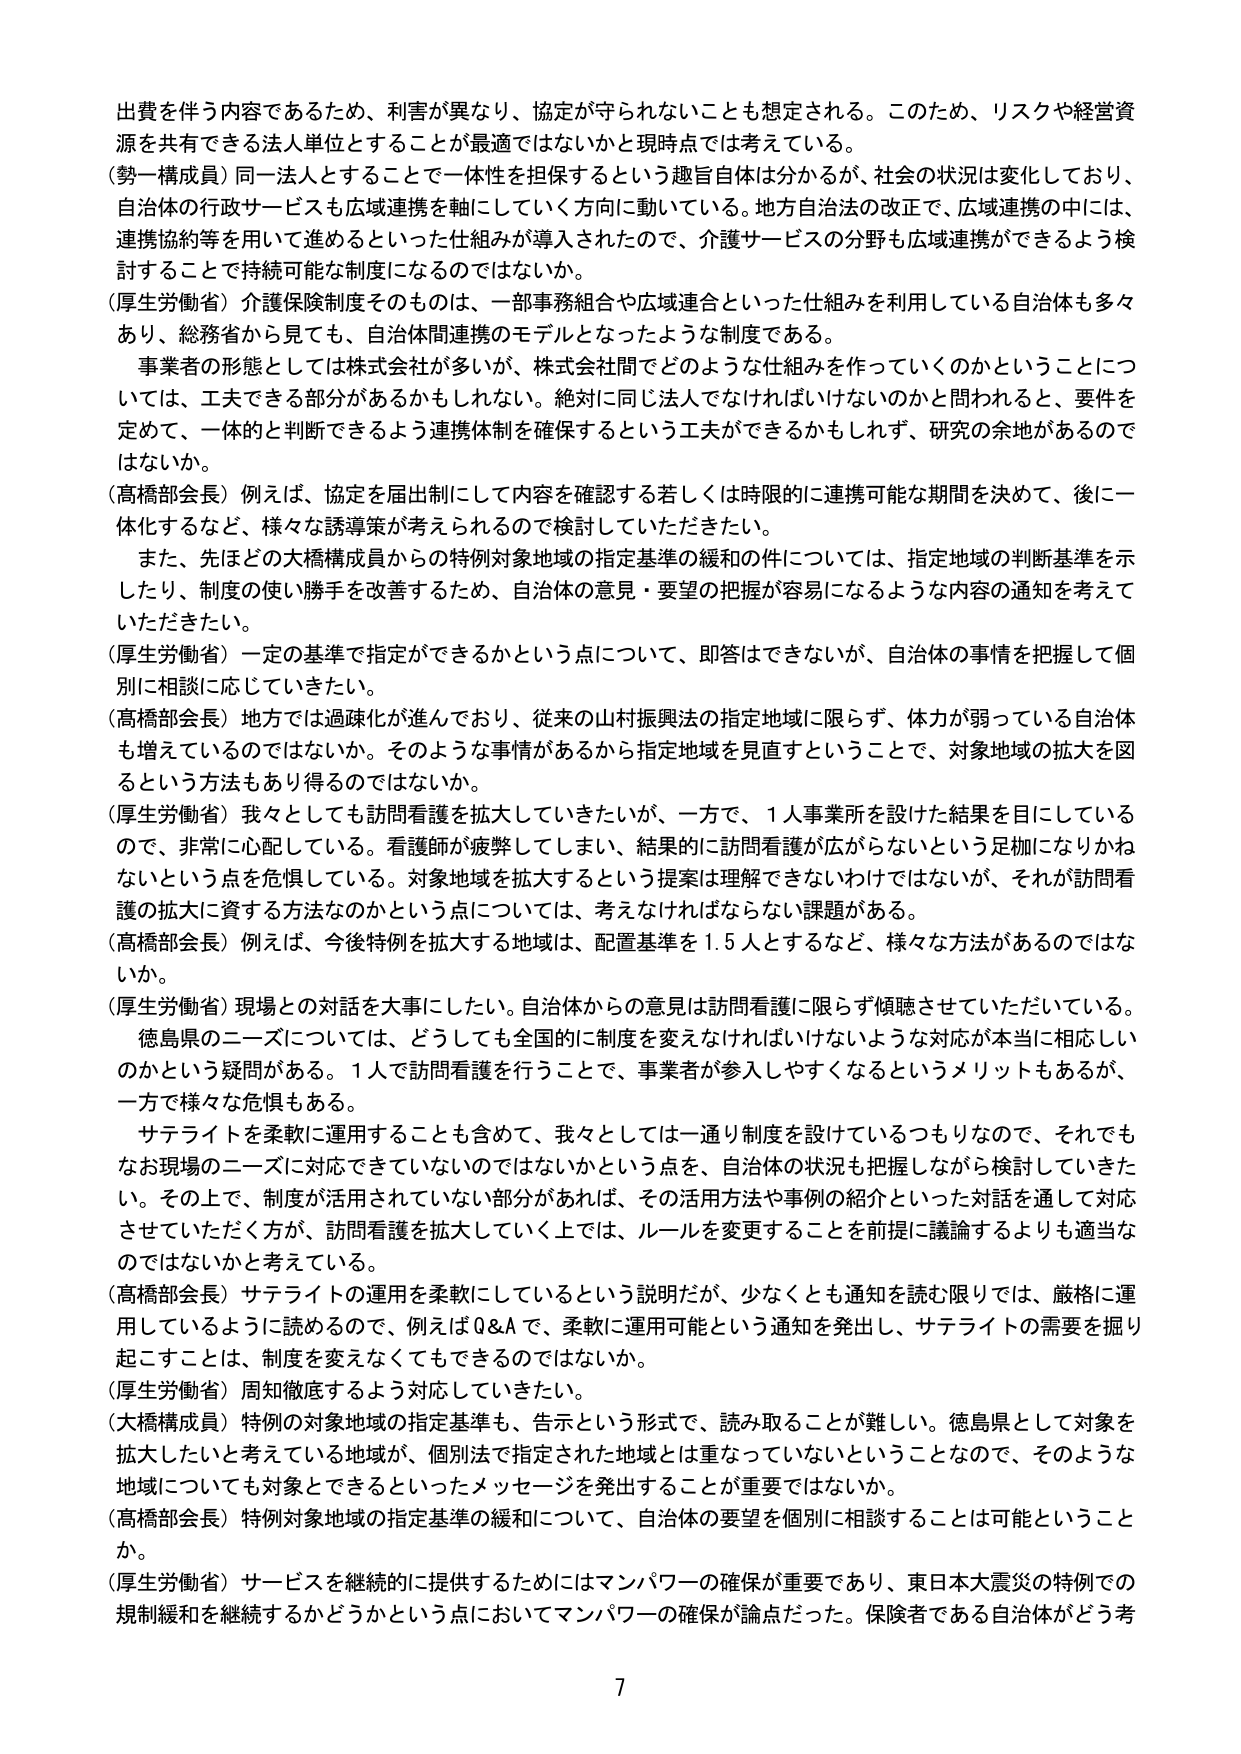
出費を伴う内容であるため、利害が異なり、協定が守られないことも想定される。このため、リスクや経営資源を共有できる法人単位とすることが最適ではないかと現時点では考えている。

（勢一構成員）同一法人とすることで一体性を担保するという趣旨自体は分かるが、社会の状況は変化しており、自治体の行政サービスも広域連携を軸にしていく方向に動いている。地方自治法の改正で、広域連携の中には、連携協約等を用いて進めるといった仕組みが導入されたので、介護サービスの分野も広域連携ができるよう検討することで持続可能な制度になるのではないか。

（厚生労働省）介護保険制度そのものは、一部事務組合や広域連合といった仕組みを利用している自治体も多数あり、総務省から見ても、自治体間連携のモデルとなったような制度である。

　事業者の形態としては株式会社が多いが、株式会社間でどのような仕組みを作っていくのかということについては、工夫できる部分があるかもしれない。絶対に同じ法人でなければならないのかと問われると、要件を定めて、一体的と判断できるよう連携体制を確保するという工夫ができるかもしれず、研究の余地があるのではないか。

（高橋部会長）例えば、協定を届出制にして内容を確認する若しくは時限的に連携可能な期間を決めて、後に一体化するなど、様々な誘導策が考えられるので検討していただきたい。

　また、先ほどの大橋構成員からの特例対象地域の指定基準の緩和の件については、指定地域の判断基準を示したり、制度の使い勝手を改善するため、自治体の意見・要望の把握が容易になるような内容の通知を考えていただきたい。

（厚生労働省）一定の基準で指定ができるかという点について、即答はできないが、自治体の事情を把握して個別に相談に応じていきたい。

（高橋部会長）地方では過疎化が進んでおり、従来の山村振興法の指定地域に限らず、体力が弱っている自治体も増えているのではないか。そのような事情があるから指定地域を見直すということで、対象地域の拡大を図るという方法もあり得るのではないか。

（厚生労働省）我々としても訪問看護を拡大していきたいが、一方で、1人事業所を設けた結果を目にしているので、非常に心配している。看護師が疲弊してしまい、結果的に訪問看護が広がらないという足枷になりかねないという点を危惧している。対象地域を拡大するという提案は理解できないわけではないが、それが訪問看護の拡大に資する方法なのかという点については、考えなければならない課題がある。

（高橋部会長）例えば、今後特例を拡大する地域は、配置基準を1.5人とするなど、様々な方法があるのではないか。

（厚生労働省）現場との対話を大事にしたい。自治体からの意見は訪問看護に限らず傾聴させていただいている。

　徳島県のニーズについては、どうしても全国的に制度を変えなければならないような対応が本当に相応しいのかという疑問がある。1人で訪問看護を行うことで、事業者が参入しやすくなるというメリットもあるが、一方で様々な危惧もある。

　サテライトを柔軟に運用することも含めて、我々としては一通り制度を設けているつもりなので、それでもなお現場のニーズに対応できていないのではないかという点を、自治体の状況も把握しながら検討していきたい。その上で、制度が活用されていない部分があれば、その活用方法や事例の紹介といった対話を通して対応させていただく方が、訪問看護を拡大していく上では、ルールを変更することを前提に議論するよりも適当なのではないかと考えている。

（高橋部会長）サテライトの運用を柔軟にしているという説明だが、少なくとも通知を読む限りでは、厳格に運用しているように読めるので、例えばQ&Aで、柔軟に運用可能という通知を発出し、サテライトの需要を掘り起こすことは、制度を変えなくてもできるのではないか。

（厚生労働省）周知徹底するよう対応していきたい。

（大橋構成員）特例の対象地域の指定基準も、告示という形式で、読み取ることが難しい。徳島県として対象を拡大したいと考えている地域が、個別法で指定された地域とは重なっていないということなので、そのような地域についても対象とできるといったメッセージを発出することが重要ではないか。

（高橋部会長）特例対象地域の指定基準の緩和について、自治体の要望を個別に相談することは可能ということか。

（厚生労働省）サービスを継続的に提供するためにはマンパワーの確保が重要であり、東日本大震災の特例での規制緩和を継続するかどうかという点においてマンパワーの確保が論点だった。保険者である自治体がどう考

7